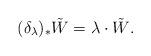
LaTeX: \begin{align*}(\delta_{\lambda})_{*}\tilde{W}=\lambda\cdot \tilde{W}.\end{align*}